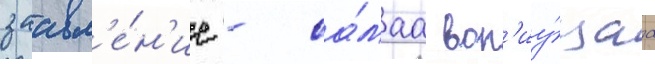
заавл'е́н'ие - са́маа воп'иу́щаа